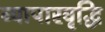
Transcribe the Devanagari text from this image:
व्यापारवृद्धि